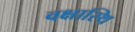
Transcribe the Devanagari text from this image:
वक्षास्थि